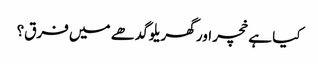
کیا ہے خچر اور گھریلو گدھے میں فرق؟